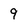
Character: 9